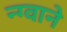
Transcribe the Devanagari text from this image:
न्ग्वाने